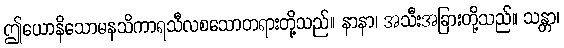
ဤယောနိသောမနသိကာရသီလစသောတရားတို့သည်။ နာနာ၊ အသီးအခြားတို့သည်။ သန္တာ၊